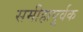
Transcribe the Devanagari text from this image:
समीहापूर्वक